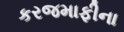
કરજમાફીના